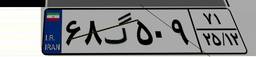
۶۸گ۵۰۹۷۱